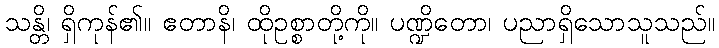
သန္တိ၊ ရှိကုန်၏။ ဧတာနိ၊ ထိုဥစ္စာတို့ကို။ ပဏ္ဍိတော၊ ပညာရှိသောသူသည်။